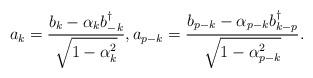
LaTeX: \begin{align*} a_k = \frac{b_k -\alpha_k b_{-k}^\dagger}{\sqrt{1- \alpha_k^2 \vphantom{\alpha_{p-k}^2}}}, a_{p-k} = \frac{b_{p-k} -\alpha_{p-k} b_{k-p}^\dagger}{\sqrt{1- \alpha_{p-k}^2}}.\end{align*}